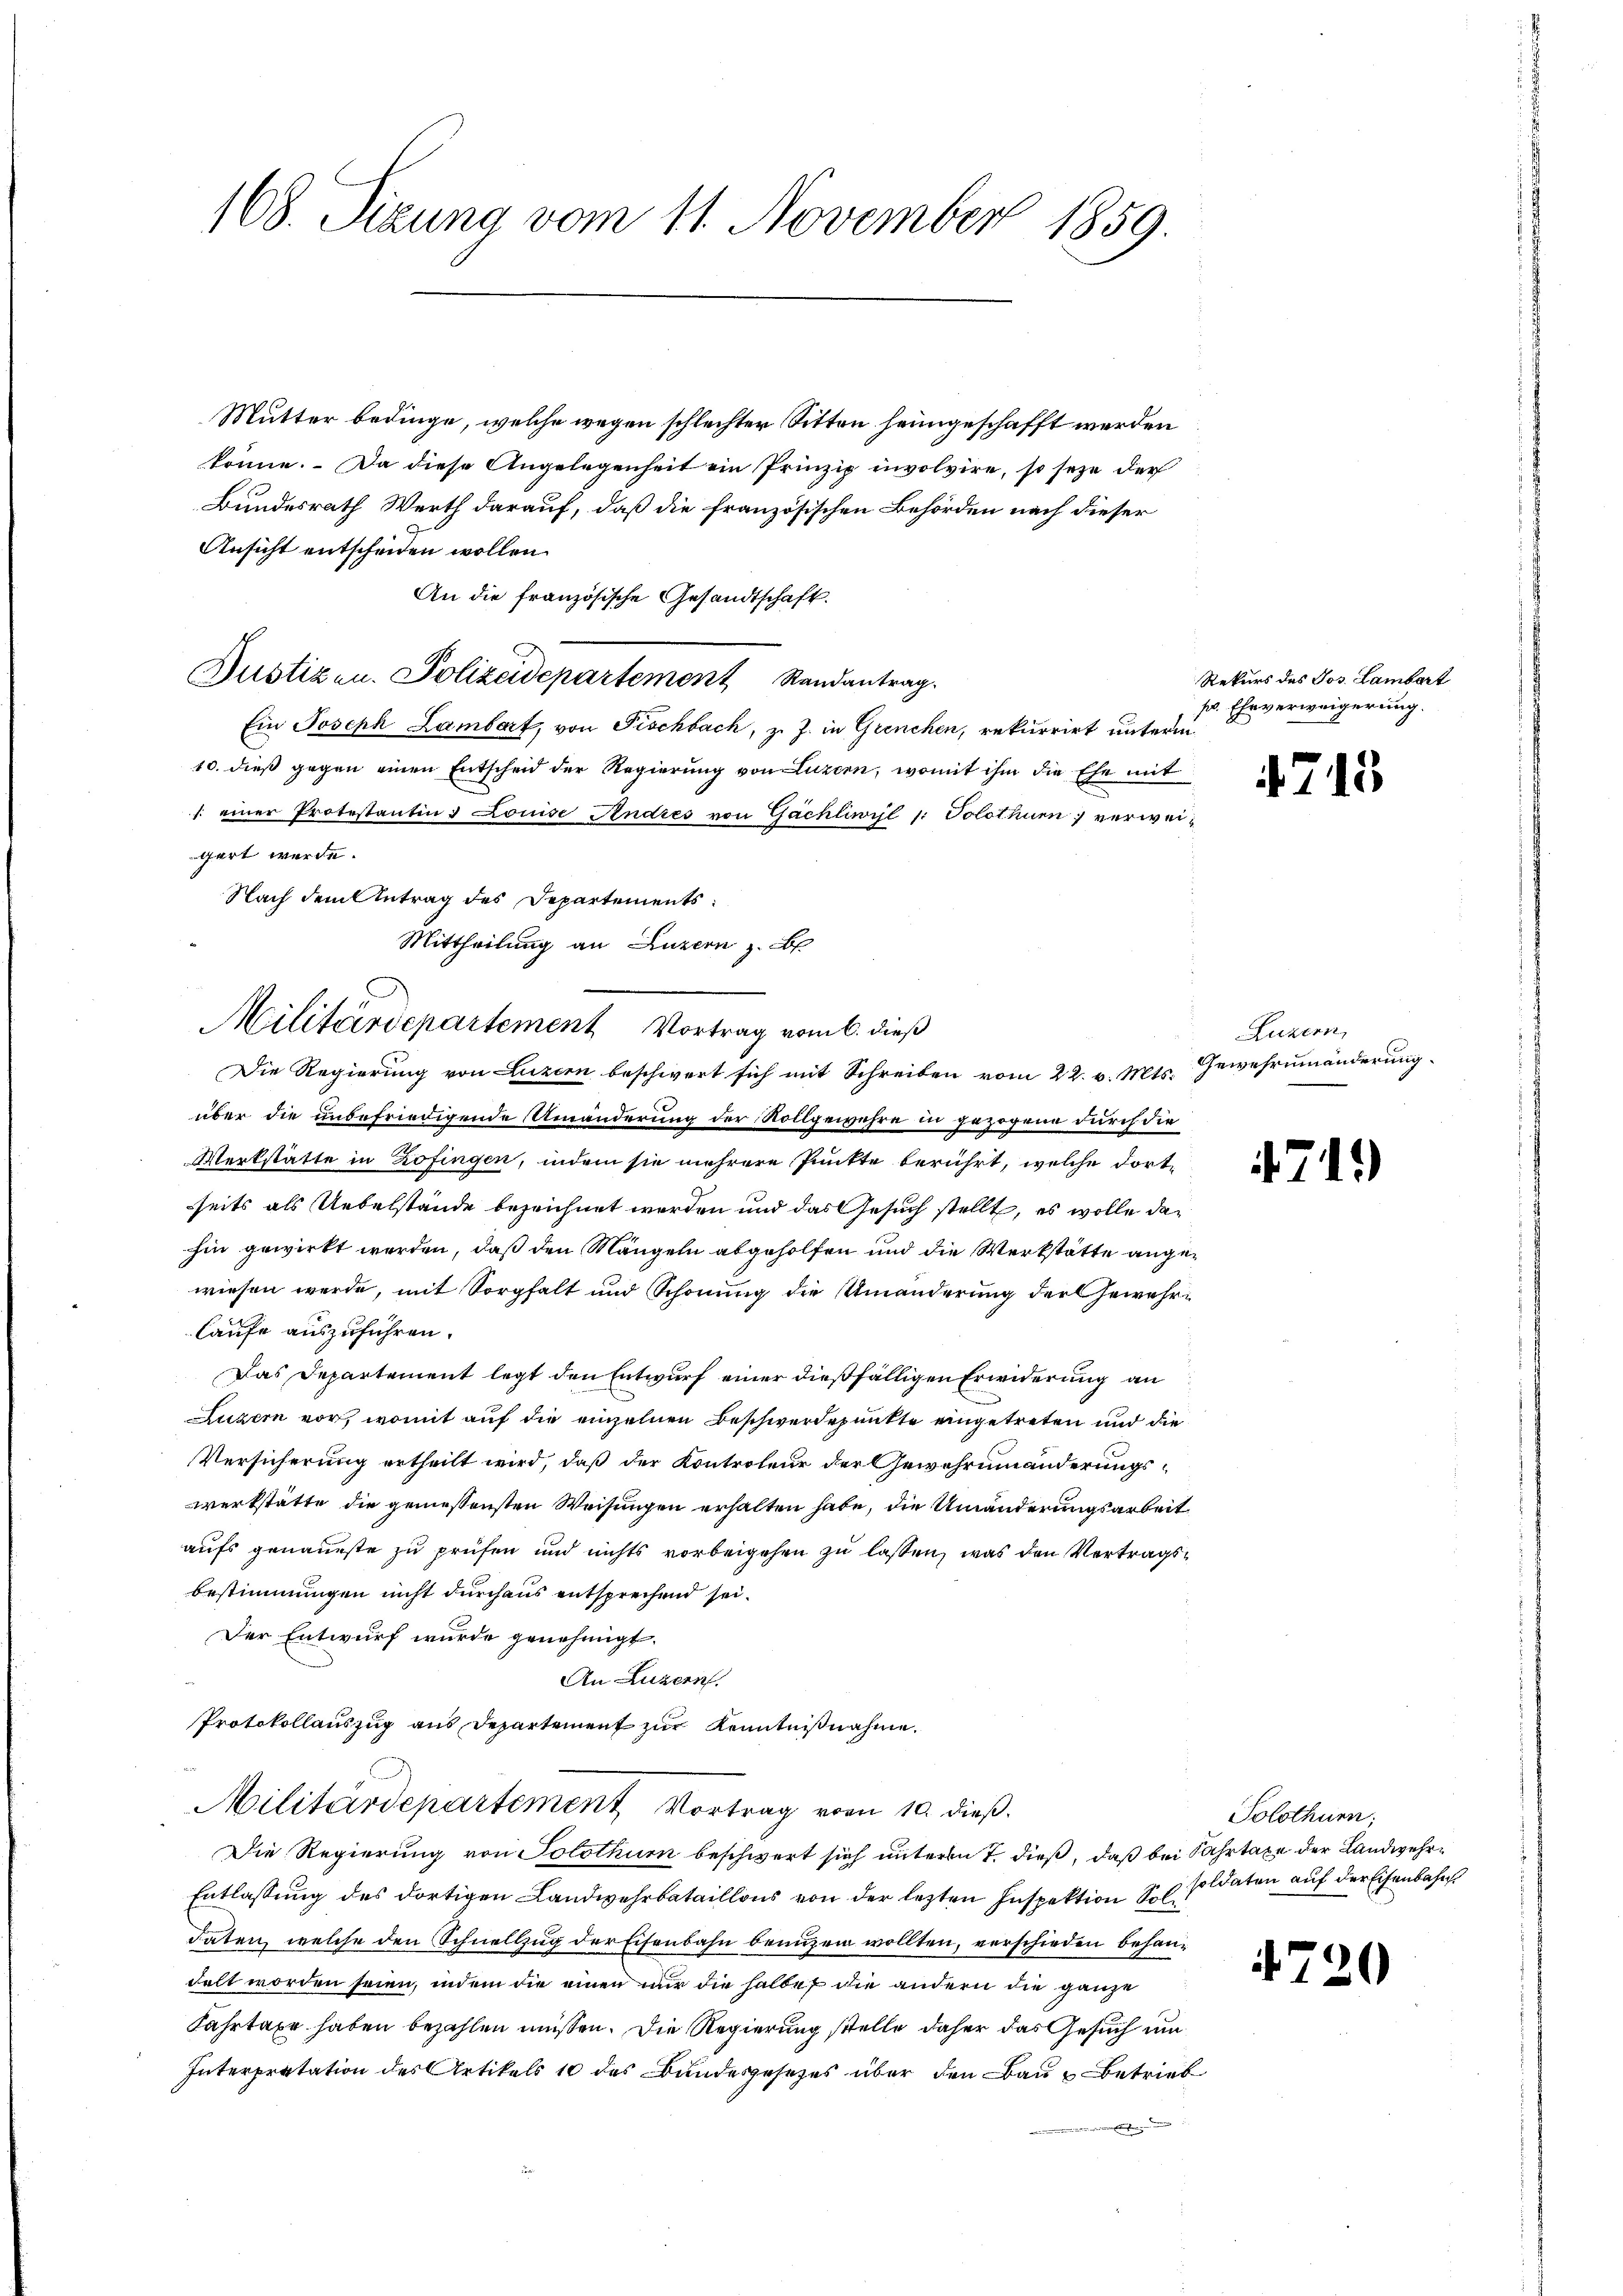
168. Sizung vom 11. November 1859.
Mutter bedinge, welche wegen schlechter Sitten heimgeschafft werden
könne. Da diese Angelegenheit ein Prinzip involvire, so seze der
Bundesrath Werth darauf, daß die französischen Behörden nach dieser
Ansicht entscheiden wollen.
An die französische Gesandtschaft.

Justizen. Polizeidepartement Randantrag
Ein Joseph Lambert, von Fischbach, z. Z. in Grenchen, rekurrirt unterm
10. dieß gegen einen Entscheid der Regierung von Luzern, womit ihm die Ehe mit
1. einer Protestantin & Louise Andres von Gächliwril 1: Solothur verweigert werde.
Die Regierung von Luzern beschwert sich mit Schreiben vom 22. v. Mts. Gewehrumänderung
über die unbefriedigende Umänderung der Rollgewehre in gezogene durch die
Werkstätte in Zofingen, indem sie mehrere Punkte berührt, welche dort-
seits als Uebelstände bezeichnet werden und das Gesuch stellt, es wolle dahin gewirkt werden, daß den Mängeln abgeholfen und die Werkstätte angewiesen werde, mit Sorgfalt und Schonung die Umänderung der Gewehrlaufe auszuführen.
Das Departement legt den Entwurf einer dießfälligen Erwiderung an
Luzern vor, womit auf die einzelnen Beschwerdepunkte eingetreten und die
Versicherung ertheilt wird, daß der Kontroleur der Gewahrninänderungswerkstätte die geniessensten Weisungen erhalten habe, die Umänderungsarbeit
aufs genaueste zu prüfen und nichts vorbeigehen zu lassen, was den Vertragsbestimmungen nicht durchaus entsprechend sei.
Der Entwurf wurde genehmigt.
An Luzern.
Protokollauszug aus Departement zur Kenntnißnahme.
Militärdepartement Vortrag vom 10. dieß.
Die Regierung von Solothurn beschwert sich unterm 7. dieß, daß bei Fahrtaxe der Landwehr¬
Entlassung des dortigen Landwehrbataillons von der letzten Inspektion Sol
daten, welche den Schnellzug der Eisenbahn benuzen wollten, verschieden behandelt worden seien, indem die einen nur die halben die andern die ganze
Fahrtaxe haben bezahlen müssen. Die Regierung stelle daher das Gesuch um
Interpretation des Artikels 10 des Bundesgesetzes über den Bau u Betrieb
e

Nach dem Antrag des Departements

Mittheilung an Luzern z. B
Militärdepartement Vortrag vom 6. dieß

Rekurs des Jos. Lambert
pr. Ehrverweigerung.

4715

Luzern,

711)

Solothurn,
soldaten auf der Eisenbahn

4720